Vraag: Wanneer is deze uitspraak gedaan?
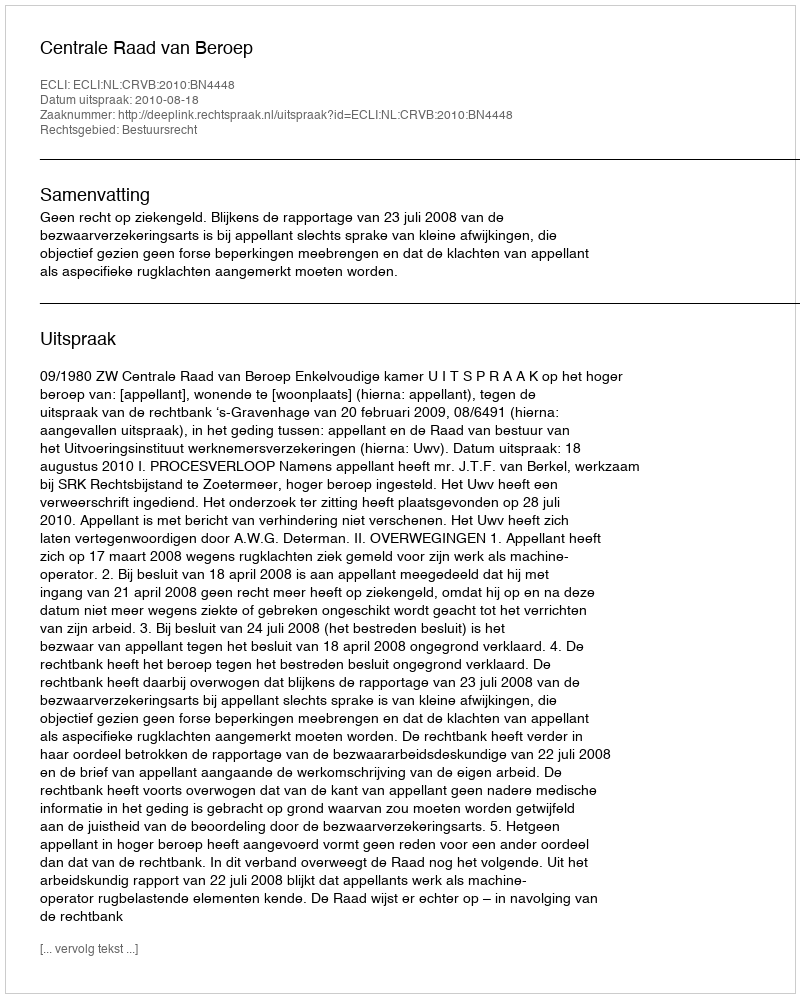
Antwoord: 2010-08-18